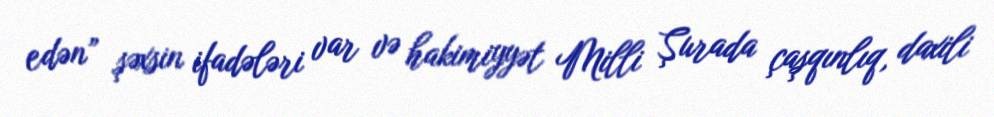
edən” şəxsin ifadələri var və hakimiyyət Milli Şurada çaşqınlıq, daxili